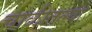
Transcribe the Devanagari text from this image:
चाळीतल्या